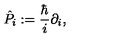
\hat { P } _ { i } : = { \frac { \hbar } { i } } \partial _ { i } ,